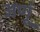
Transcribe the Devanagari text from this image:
अणूं